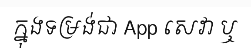
ក្នុងទម្រង់ជា App សេវា ឬ